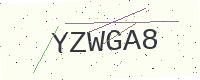
Text: YZWGA8